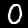
Label: 0